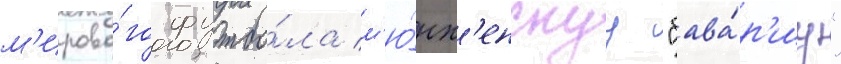
м'ирово́го футбо́ла м'ю́нх'енскуу "бава́р'иу"